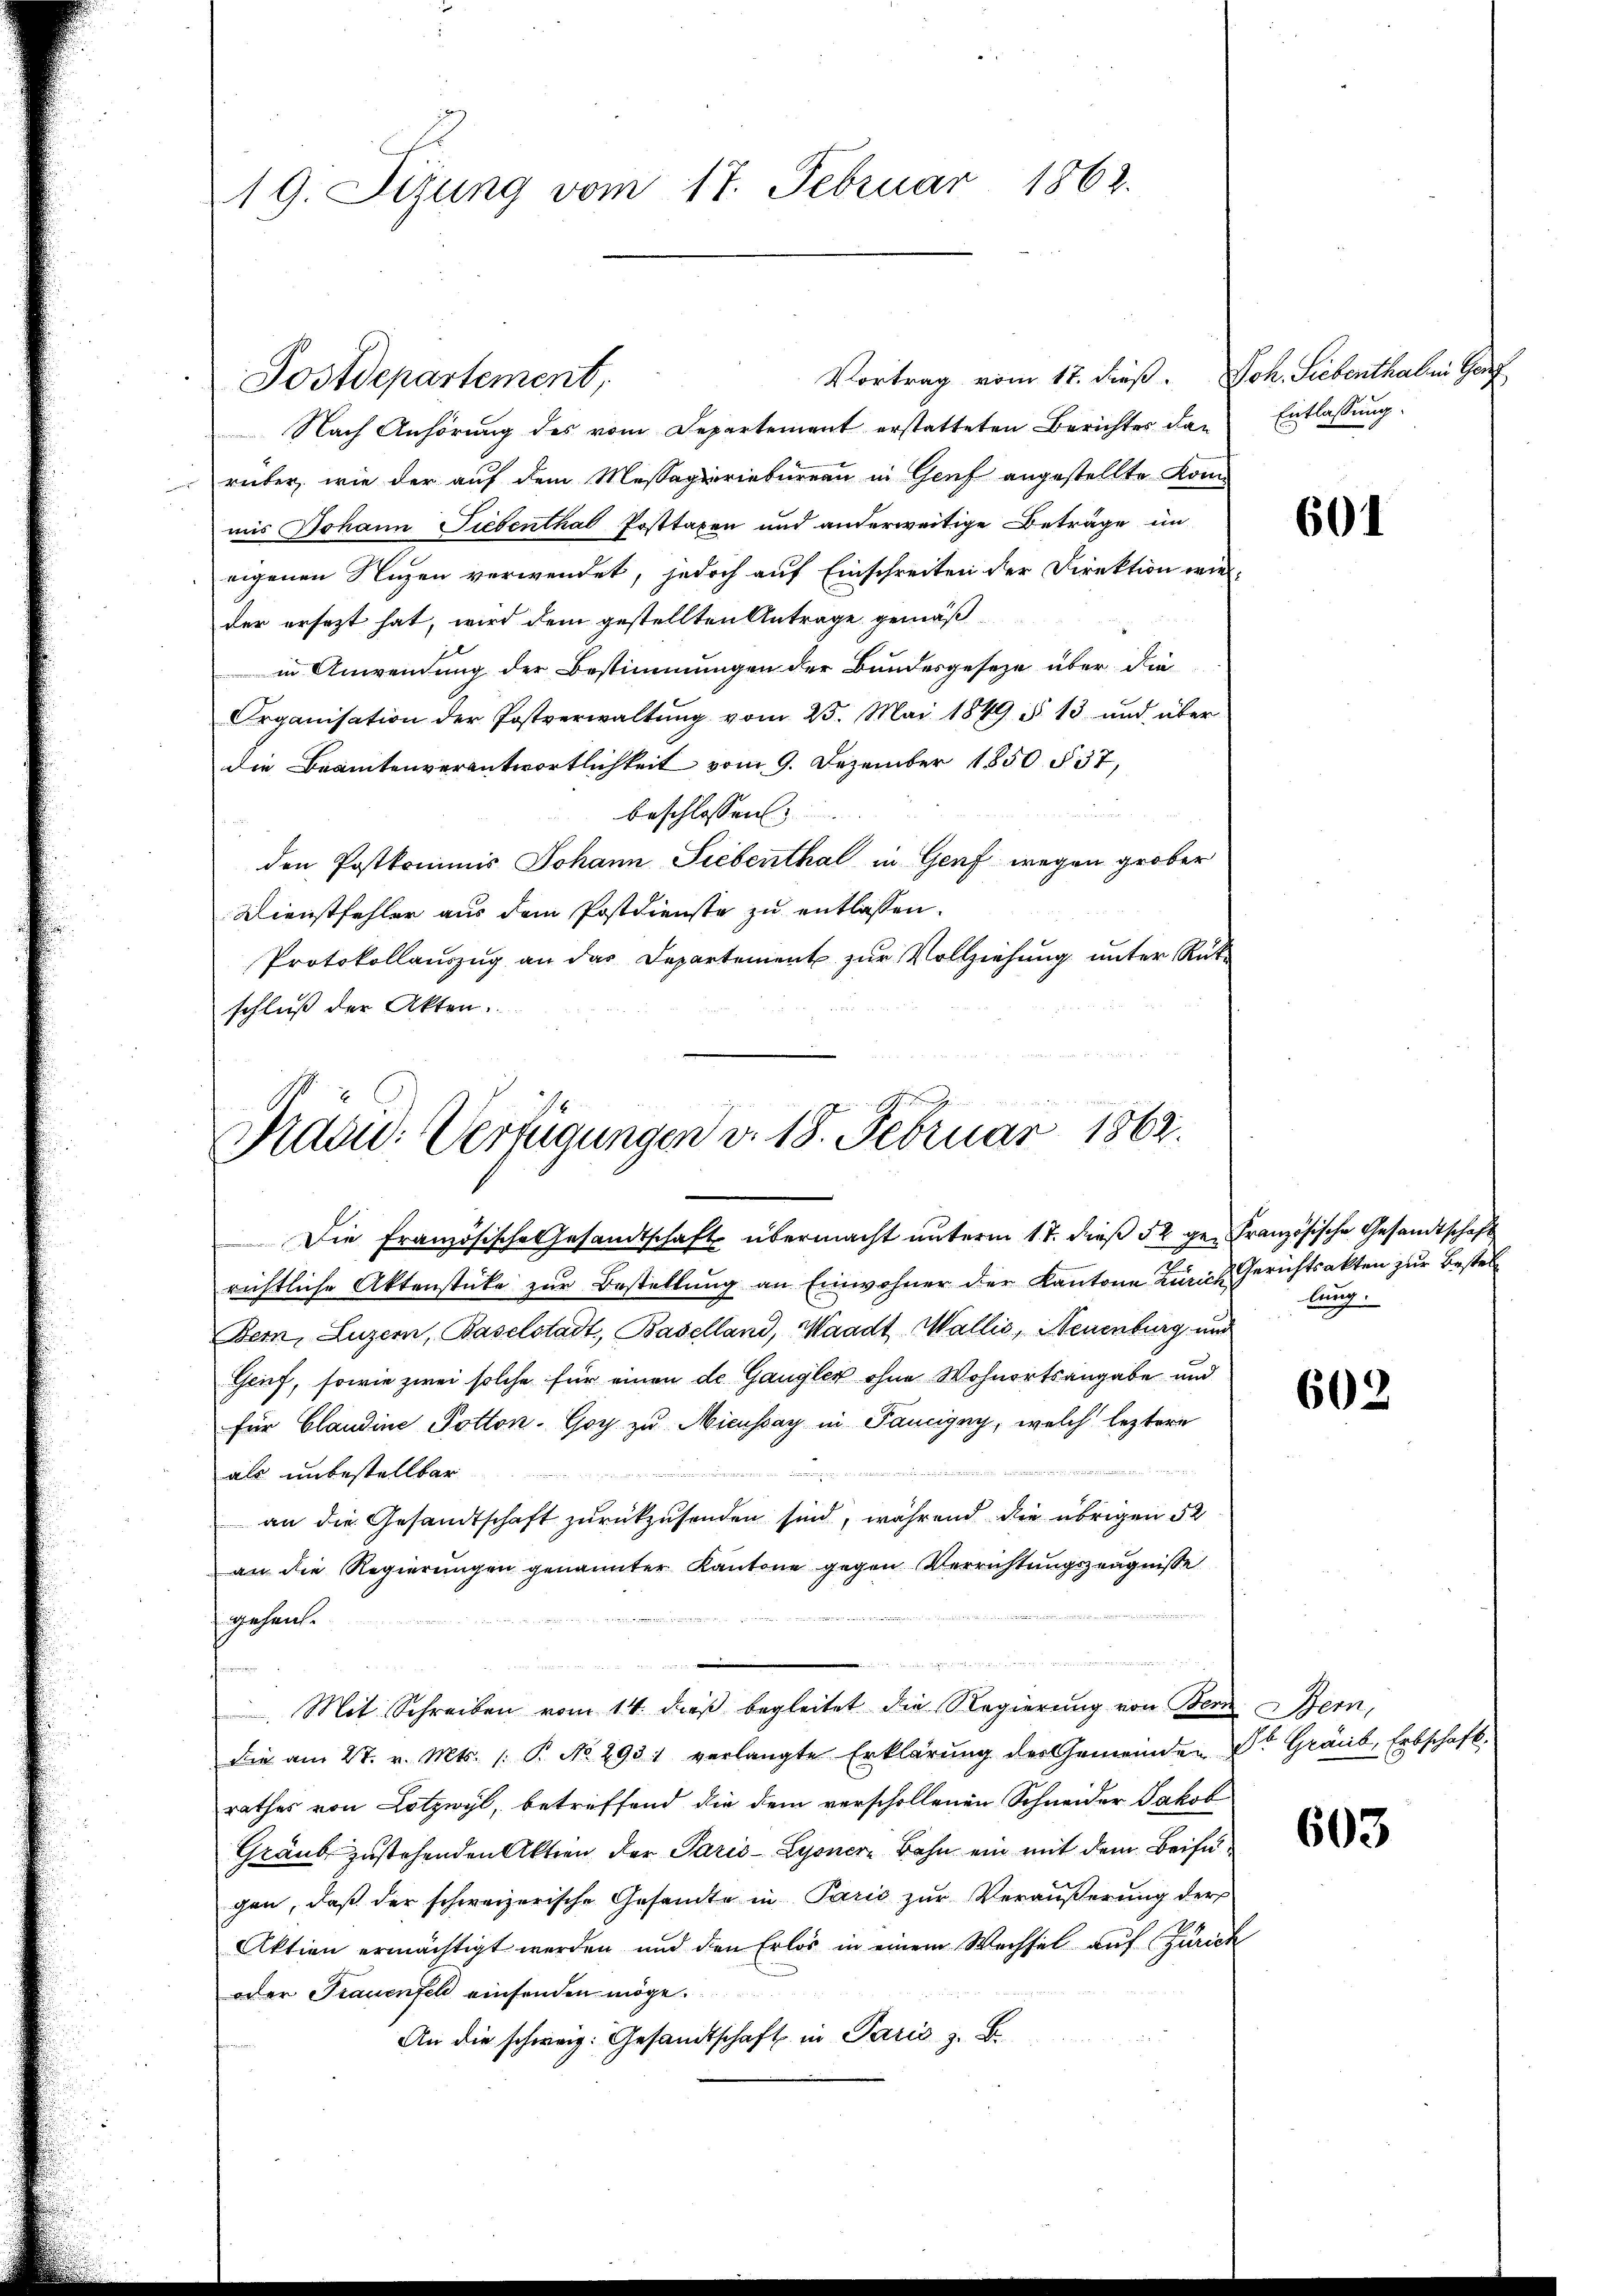
19. Sizung vom 17. Februar 1862.

Vortrag vom 17. dieß. Joh. Siebenthal in Genf
Nach Anhörung des vom Departement erstatteten Berichtes dan
rüber, wie der auf dem Massagierinbureau in Genf angestellte Konmis Johann Siebenthal-Posttaxen und anderweitige Beträge im
eigenen Nuzen verwendet, jedoch auf Einschreiten der Direktion wie
der ersezt hat, wird dem gestellten Antrage gemäß
in Anwendung der Bestimmungen der Bundesgeseze über die
Organisation der Postverwaltŭng vom 25. Mai 1849 § 13 und über
die Beamtenverantwortlichkeit vom 9. Dezember 1850. 537,
beschlossen:
den Postkommis Johann Siebenthal in Genf wegen grober
Dienstfehler aus dem Postdienste zu entlassen.
Protokollauszug an das Departement zur Vollziehung unter Rück-
schluß der Akten.

Postdepartement,

Die Französische Gesandtschaft übermacht unterm 17. dieß 52 ge- Französische Gesandtschaft
richtliche Aktenstücke zŭr Bestellŭng an Einwohner der Kantone Zürich Gerichtsakten zur Bestell
Bern, Luzern, Baselstadt, Baselland, Waadt, Wallis, Neuenburg und
Genf, sowie zwei solche für einen de Gangler ohne Wohnortsangabe und
für Claudine Potton. Goy zu Micussay in Panigny, welch leztere

d
als unbestellbar
dure
an die Gesandtschaft zurückzusenden sind, während die übrigen 52
an die Regierungen genannter Kantone gegen Verrichtungszeugnisse
f gehente
Mit Schreiben vom 14. dieβ begleitet die Regierung von Bern Bern,
Die am 27. v. Mts. /: P. No. 293 verlangte Erklärung der Gemeinden Dr. Graub, Erbschaft.
rathes von Lotzwyl, betreffend die dem verschollenen Schneider Jakob
Gräub zustehenden Aktien der Paris - Lyonere Bahn ein mit dem Beifügen, daß der schweizerische Gesandte in Paris zur Veräußerung der
Aktien ermächtigt werden und den Erlös in einem Wechsel auf Zürich
oder Frauenfel einsenden möge.
An die schweiz. Gesandtschaft in Paris z. B.

Fraad: Verfügungen v. 18. Februar 1862.

Entlassung.

601

lung.

603

603